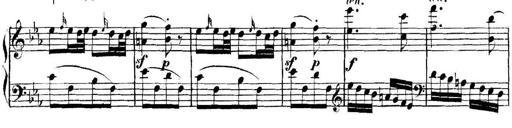
Title: Collected Piano Sonatas
Composer: Muzio Clementi